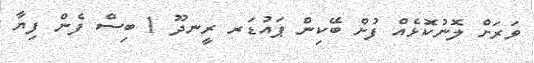
ވަރަށް ލޮނުކޮޅެއް ފުށް ބޭކިން ޕައުޑަރ ރީނދޫ 1 ބިސް ފެން ފިޔާ